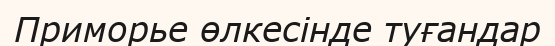
Приморье өлкесінде туғандар